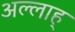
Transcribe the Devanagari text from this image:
अल्लाह्